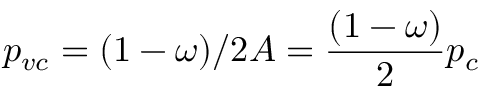
p _ { v c } = ( 1 - \omega ) / 2 A = \frac { ( 1 - \omega ) } { 2 } p _ { c }